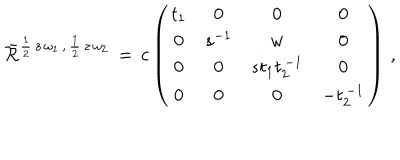
\bar { \cal R } ^ { \frac { 1 } { 2 } \, z \, \omega _ { 1 } \, , \, \frac { 1 } { 2 } \, z \, \omega _ { 2 } } \, = \, c \left( \begin{array} { c c c c } { { t _ { 1 } } } & { { 0 } } & { { 0 } } & { { 0 } } \\ { { 0 } } & { { s ^ { - 1 } } } & { { w } } & { { 0 } } \\ { { 0 } } & { { 0 } } & { { s t _ { 1 } t _ { 2 } ^ { \, - 1 } } } & { { 0 } } \\ { { 0 } } & { { 0 } } & { { 0 } } & { { - t _ { 2 } ^ { \, - 1 } } } \\ \end{array} \right) \, ,